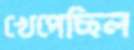
খেপেছিল